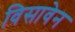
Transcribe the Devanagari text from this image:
विसावेन